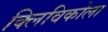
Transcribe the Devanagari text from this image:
क्लिविकोला